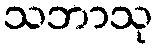
သဘာသု